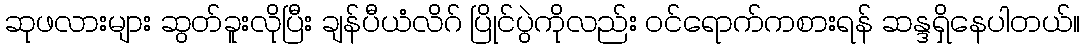
ဆုဖလားများ ဆွတ်ခူးလိုပြီး ချန်ပီယံလိဂ် ပြိုင်ပွဲကိုလည်း ဝင်ရောက်ကစားရန် ဆန္ဒရှိနေပါတယ်။